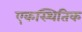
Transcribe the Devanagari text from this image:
एकस्थितिक